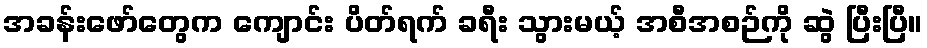
အခန်းဖော်တွေက ကျောင်း ပိတ်ရက် ခရီး သွားမယ့် အစီအစဉ်ကို ဆွဲ ပြီးပြီ။